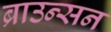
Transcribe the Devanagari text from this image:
ब्राउन्सन